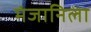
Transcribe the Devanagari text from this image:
मंजानिला